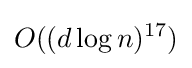
O((d\log {n})^{17})